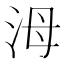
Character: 𣳠